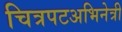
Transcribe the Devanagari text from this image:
चित्रपटअभिनेत्री